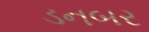
ડનબર